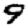
Digit: 9